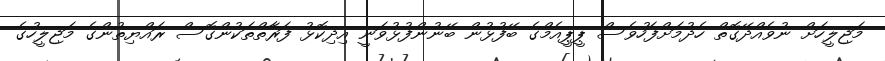
މަޖިލީހަށް ނުވެއްދޭގޮތް ހެދުމަށްފަހުވެސް ޕީޕީއެމްގެ ބޭފުޅުން ބޭނުންފުޅުވަނީ އިދިކޮޅު ފަރާތްތަކުންގޮސް ރައްޔިތުންގެ މަޖިލީހުގެ